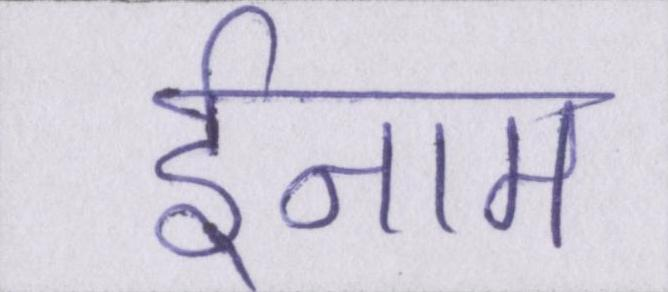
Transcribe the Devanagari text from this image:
ईनाम